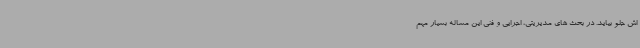
اش جلو بیاید. در بحث های مدیریتی، اجرایی و فنی این مساله بسیار مهم